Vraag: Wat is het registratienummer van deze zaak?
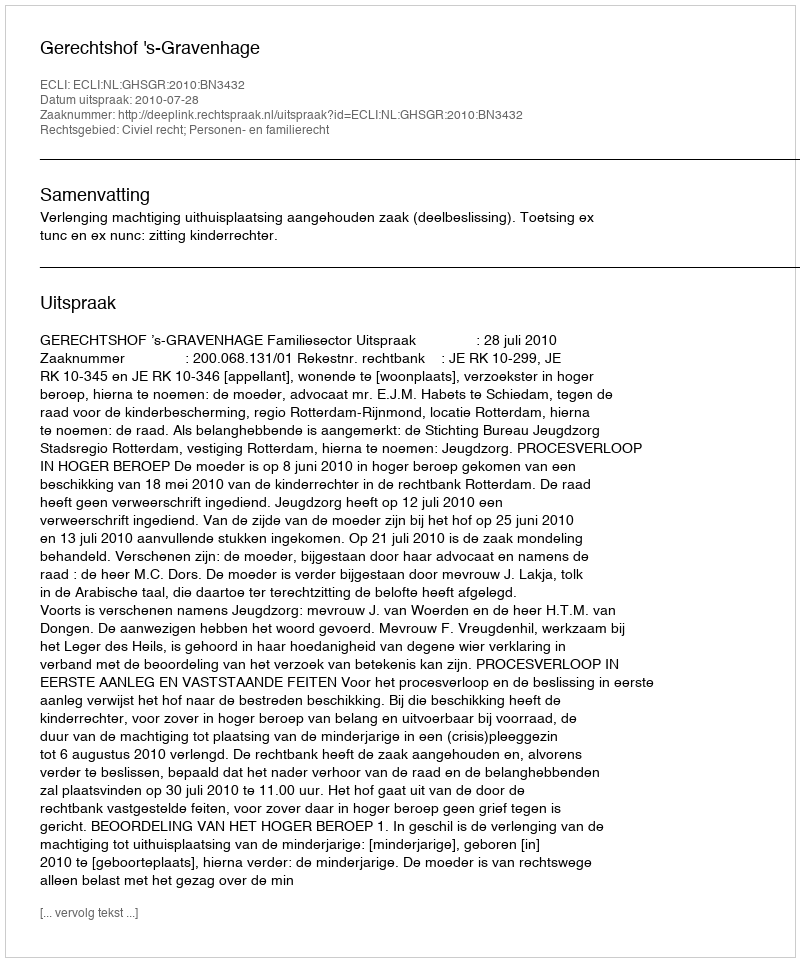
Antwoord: http://deeplink.rechtspraak.nl/uitspraak?id=ECLI:NL:GHSGR:2010:BN3432